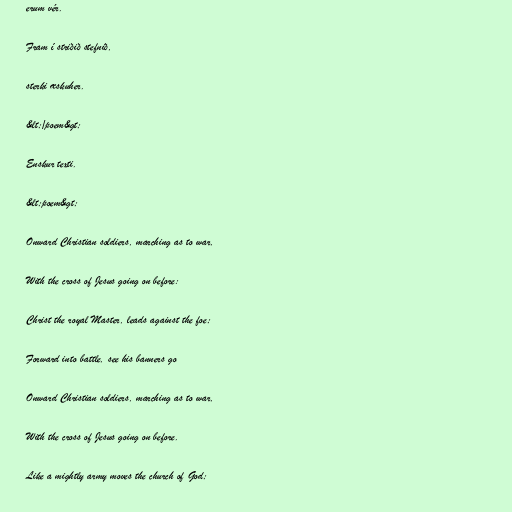
erum vér.

Fram í striðið stefnið,

sterki æskuher.

&lt;/poem&gt;

Enskur texti.

&lt;poem&gt;

Onward Christian soldiers, marching as to war,

With the cross of Jesus going on before:

Christ the royal Master, leads against the foe;

Forward into battle, see his banners go

Onward Christian soldiers, marching as to war,

With the cross of Jesus going on before.

Like a mightly army moves the church of God;